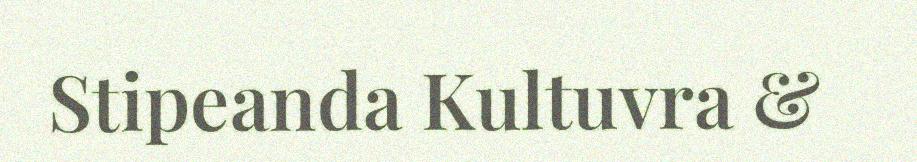
Stipeanda Kultuvra &